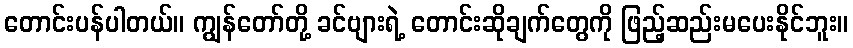
တောင်းပန်ပါတယ်။ ကျွန်တော်တို့ ခင်ဗျားရဲ့ တောင်းဆိုချက်တွေကို ဖြည့်ဆည်းမပေးနိုင်ဘူး။